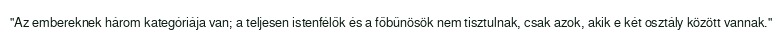
"Az embereknek három kategóriája van; a teljesen istenfélők és a főbűnösök nem tisztulnak, csak azok, akik e két osztály között vannak."